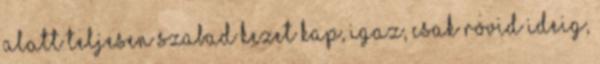
alatt teljesen szabad kezet kap, igaz, csak rövid ideig,